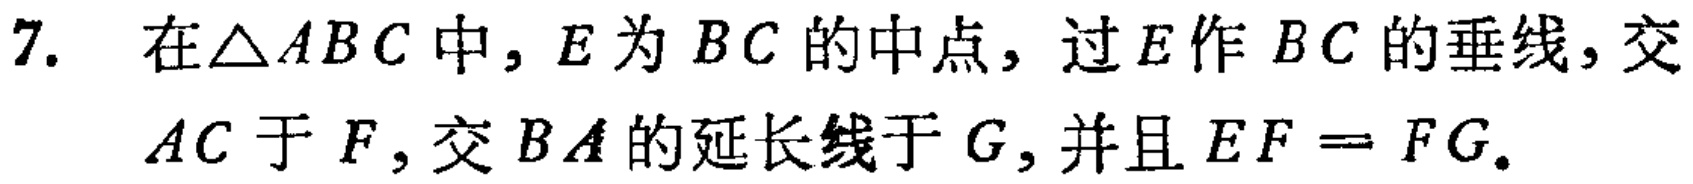
7. 在$\triangle ABC$中，$E$为$BC$的中点，过$E$作$BC$的垂线，交$AC$于$F$，交$BA$的延长线于$G$，并且$EF = FG$。